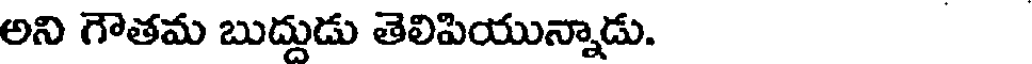
అని గౌతమ బుద్దుడు తెలిపియున్నాడు.